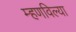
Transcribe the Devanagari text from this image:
म्हणविल्या